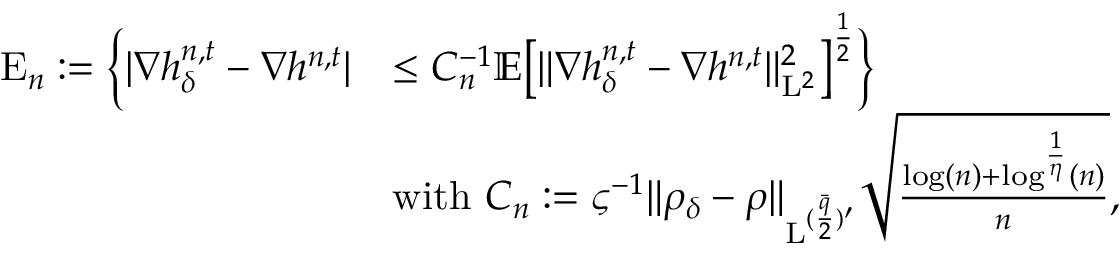
\begin{array} { r l } { \mathrm { E } _ { n } : = \Big \{ \vert \nabla h _ { \delta } ^ { n , t } - \nabla h ^ { n , t } \vert } & { \leq C _ { n } ^ { - 1 } \mathbb { E } \big [ \| \nabla h _ { \delta } ^ { n , t } - \nabla h ^ { n , t } \| _ { \mathrm { L } ^ { 2 } } ^ { 2 } \big ] ^ { \frac { 1 } { 2 } } \Big \} } \\ & { \mathrm { w i t h ~ } C _ { n } : = \varsigma ^ { - 1 } \| \rho _ { \delta } - \rho \| _ { \mathrm { L } ^ { ( \frac { \bar { q } } { 2 } ) ^ { \prime } } } \sqrt { \frac { \log ( n ) + \log ^ { \frac { 1 } { \eta } } ( n ) } { n } } , } \end{array}